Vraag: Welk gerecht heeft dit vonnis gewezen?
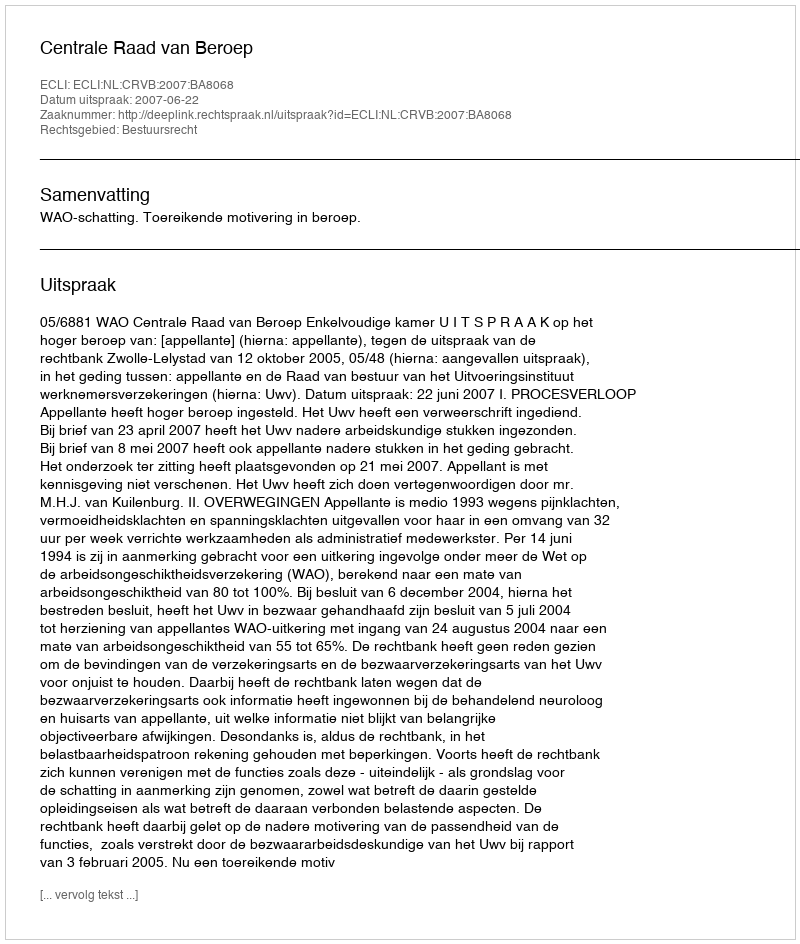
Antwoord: Centrale Raad van Beroep